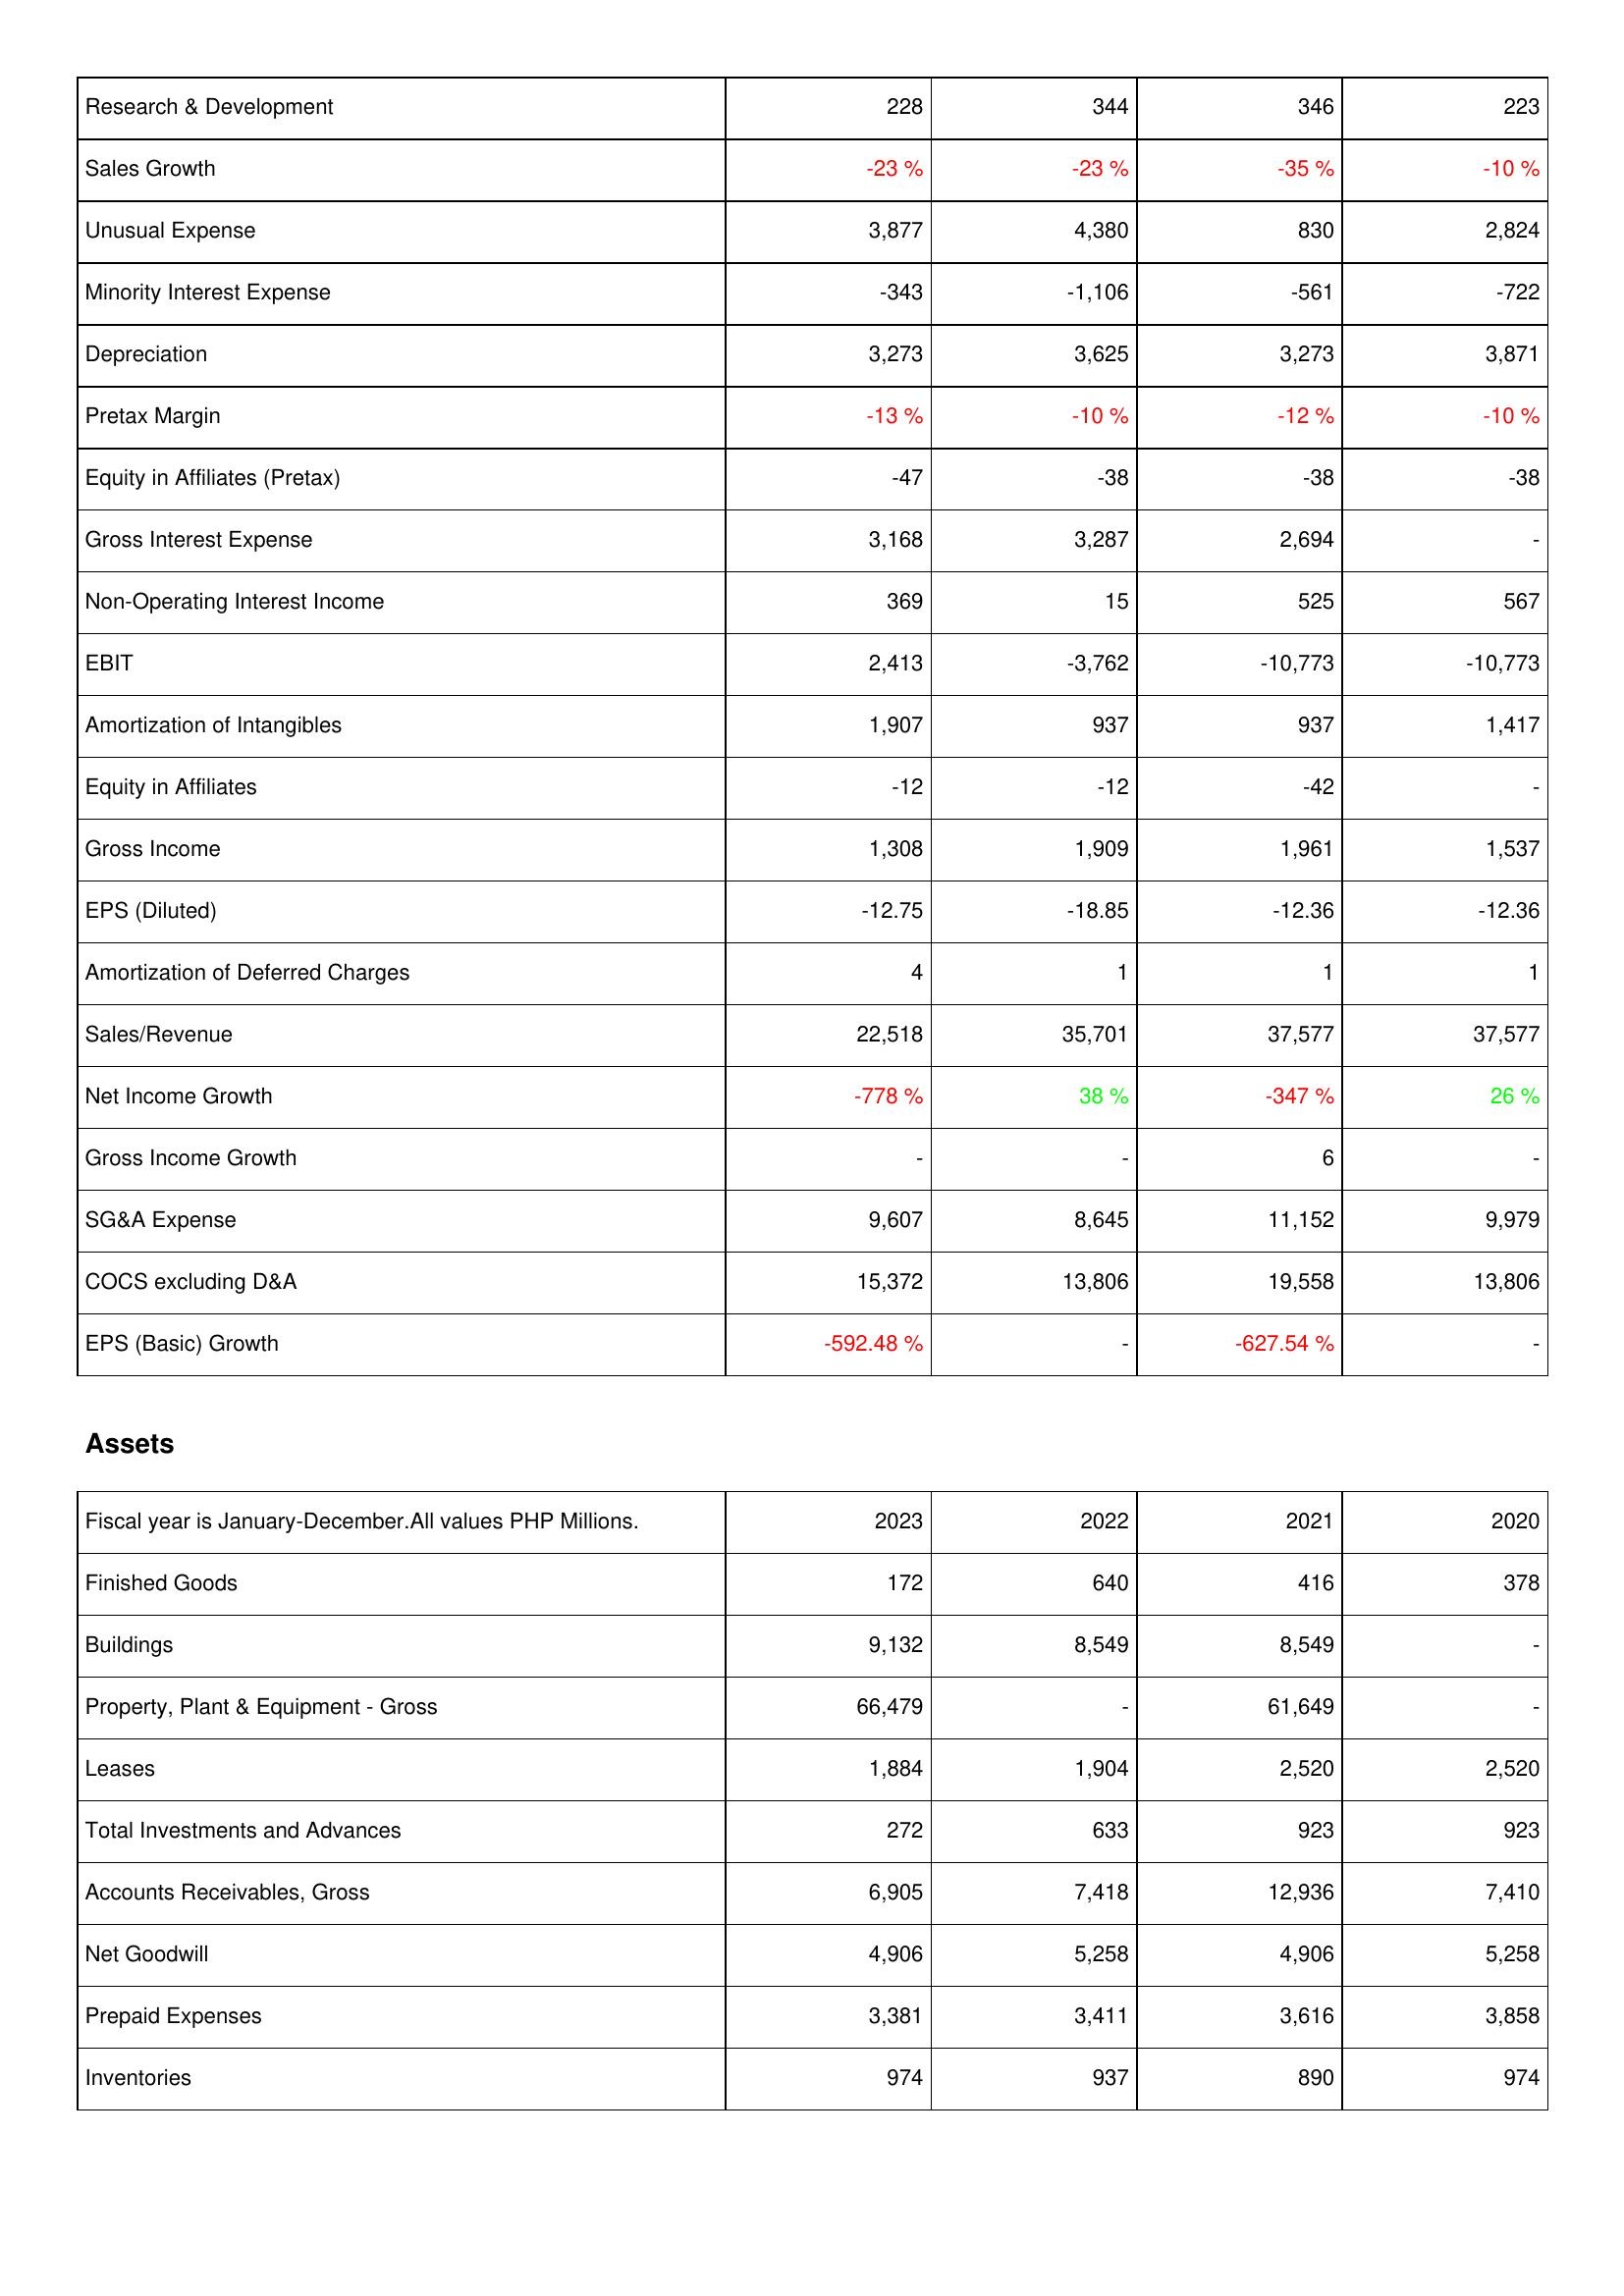
2023: Income Statement: Research & Development: 228
Sales Growth: -23 %
Unusual Expense: 3,877
Minority Interest Expense: -343
Depreciation: 3,273
Pretax Margin: -13 %
Equity in Affiliates (Pretax): -47
Gross Interest Expense: 3,168
Non-Operating Interest Income: 369
EBIT: 2,413
Amortization of Intangibles: 1,907
Equity in Affiliates: -12
Gross Income: 1,308
EPS (Diluted): -12.75
Amortization of Deferred Charges: 4
Sales/Revenue: 22,518
Net Income Growth: -778 %
Gross Income Growth: -
SG&A Expense: 9,607
COCS excluding D&A: 15,372
EPS (Basic) Growth: -592.48 %
Assets: Finished Goods: 172
Buildings: 9,132
Property, Plant & Equipment - Gross: 66,479
Leases: 1,884
Total Investments and Advances: 272
Accounts Receivables, Gross: 6,905
Net Goodwill: 4,906
Prepaid Expenses: 3,381
Inventories: 974
2022: Income Statement: Research & Development: 344
Sales Growth: -23 %
Unusual Expense: 4,380
Minority Interest Expense: -1,106
Depreciation: 3,625
Pretax Margin: -10 %
Equity in Affiliates (Pretax): -38
Gross Interest Expense: 3,287
Non-Operating Interest Income: 15
EBIT: -3,762
Amortization of Intangibles: 937
Equity in Affiliates: -12
Gross Income: 1,909
EPS (Diluted): -18.85
Amortization of Deferred Charges: 1
Sales/Revenue: 35,701
Net Income Growth: 38 %
Gross Income Growth: -
SG&A Expense: 8,645
COCS excluding D&A: 13,806
EPS (Basic) Growth: -
Assets: Finished Goods: 640
Buildings: 8,549
Property, Plant & Equipment - Gross: -
Leases: 1,904
Total Investments and Advances: 633
Accounts Receivables, Gross: 7,418
Net Goodwill: 5,258
Prepaid Expenses: 3,411
Inventories: 937
2021: Income Statement: Research & Development: 346
Sales Growth: -35 %
Unusual Expense: 830
Minority Interest Expense: -561
Depreciation: 3,273
Pretax Margin: -12 %
Equity in Affiliates (Pretax): -38
Gross Interest Expense: 2,694
Non-Operating Interest Income: 525
EBIT: -10,773
Amortization of Intangibles: 937
Equity in Affiliates: -42
Gross Income: 1,961
EPS (Diluted): -12.36
Amortization of Deferred Charges: 1
Sales/Revenue: 37,577
Net Income Growth: -347 %
Gross Income Growth: 6
SG&A Expense: 11,152
COCS excluding D&A: 19,558
EPS (Basic) Growth: -627.54 %
Assets: Finished Goods: 416
Buildings: 8,549
Property, Plant & Equipment - Gross: 61,649
Leases: 2,520
Total Investments and Advances: 923
Accounts Receivables, Gross: 12,936
Net Goodwill: 4,906
Prepaid Expenses: 3,616
Inventories: 890
2020: Income Statement: Research & Development: 223
Sales Growth: -10 %
Unusual Expense: 2,824
Minority Interest Expense: -722
Depreciation: 3,871
Pretax Margin: -10 %
Equity in Affiliates (Pretax): -38
Gross Interest Expense: -
Non-Operating Interest Income: 567
EBIT: -10,773
Amortization of Intangibles: 1,417
Equity in Affiliates: -
Gross Income: 1,537
EPS (Diluted): -12.36
Amortization of Deferred Charges: 1
Sales/Revenue: 37,577
Net Income Growth: 26 %
Gross Income Growth: -
SG&A Expense: 9,979
COCS excluding D&A: 13,806
EPS (Basic) Growth: -
Assets: Finished Goods: 378
Buildings: -
Property, Plant & Equipment - Gross: -
Leases: 2,520
Total Investments and Advances: 923
Accounts Receivables, Gross: 7,410
Net Goodwill: 5,258
Prepaid Expenses: 3,858
Inventories: 974